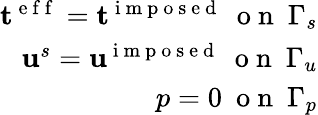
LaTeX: \begin{array}{r}{\mathbf{t}^{\mathrm{~e~f~f~}}=\mathbf{t}^{\mathrm{~i~m~p~o~s~e~d~}}~\mathrm{~o~n~}~\Gamma_{s}}\\ {\mathbf{u}^{s}=\mathbf{u}^{\mathrm{~i~m~p~o~s~e~d~}}~\mathrm{~o~n~}~\Gamma_{u}}\\ {p=0~\mathrm{~o~n~}~\Gamma_{p}}\end{array}